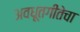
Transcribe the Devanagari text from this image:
अवधूतगीतेचा